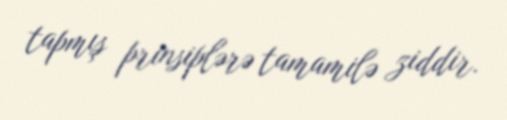
tapmış prinsiplərə tamamilə ziddir.